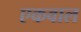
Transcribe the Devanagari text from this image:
एकवाल